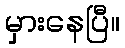
မှားနေပြီ။